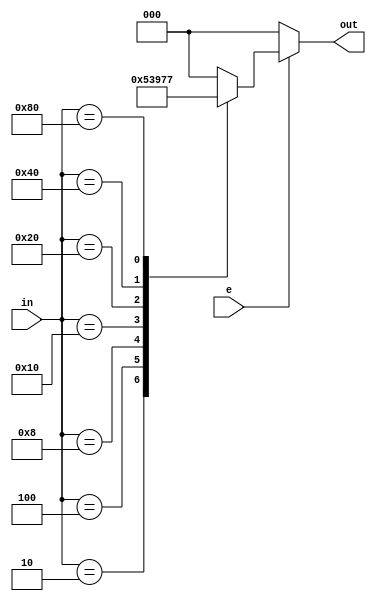
module encoder(
    input [7:0] in,
    input e,
    output[2:0] out
    );
    reg [2:0] out;
    always @(*)
    begin
      if(e==1)
      begin
       case (in)
       8'b00000001: out=3'd0;
       8'b00000010: out=3'd1;
       8'b00000100: out=3'd2;
       8'b00001000: out=3'd3;
       8'b00010000: out=3'd4;
       8'b00100000: out=3'd5;
       8'b01000000: out=3'd6;
       8'b10000000: out=3'd7;
       default:out=3'd0;
       endcase
      end
      else
      out=3'b000;
    end
endmodule